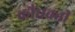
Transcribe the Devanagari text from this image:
कौंधबत्ती